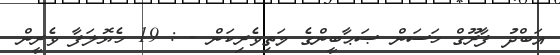
އަބްދު ފާރޫގް ހަސަން ޞަޙާބީންގެ މަތިވެރިކަން - : 19 ހެޔޮލަފާ ވެރީން